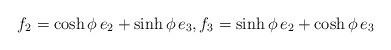
LaTeX: \begin{align*}f_2 =\cosh \phi \, e_2 + \sinh \phi \, e_3, f_3 =\sinh \phi \, e_2 + \cosh \phi \, e_3\end{align*}